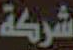
شركة